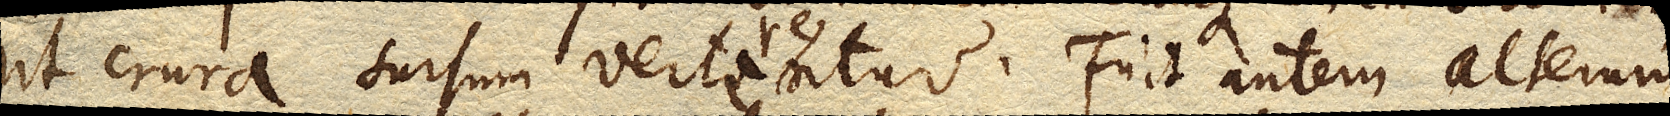
ut crura sursum verterentur. Fuit autem alterum